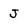
Character: J